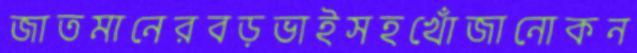
জাতমানেরবড়ভাইসহখোঁজানোকন